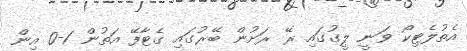
އެތުލެޓިކޯ ވަނީ ލީގުގައި ރޭ ރަށުން ބޭރުގައި ގެޓާފޭ އަތުން 1-0 އިން